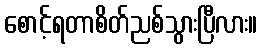
စောင့်ရတာစိတ်ညစ်သွားပြီလား။